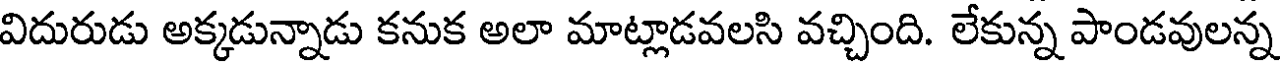
విదురుడు అక్కడున్నాడు కనుక అలా మాట్లాడవలసి వచ్చింది. లేకున్న పాండవులన్న